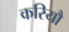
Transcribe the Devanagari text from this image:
करियौ